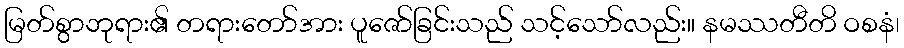
မြတ်စွာဘုရား၏ တရားတော်အား ပူဇော်ခြင်းသည် သင့်သော်လည်း။ နမဿတီတိ ဝစနံ၊